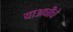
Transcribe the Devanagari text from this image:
याअधीचे